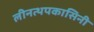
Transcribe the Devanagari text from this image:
लीनत्थपकासिनी